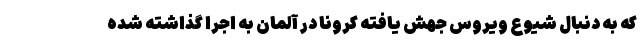
که به دنبال شیوع ویروس جهش یافته کرونا در آلمان به اجرا گذاشته شده